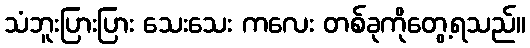
သံဘူးပြားပြား သေးသေး ကလေး တစ်ခုကိုတွေ့ရသည်။